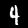
Label: 4